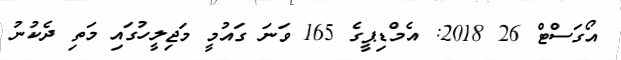
އޯގަސްޓް 26 2018: އެމްޑިޕީގެ 165 ވަނަ ގައުމީ މަޖިލީހުގައި މަތި ދެކުނު